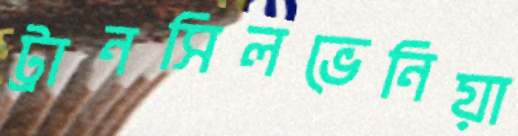
ট্রানসিলভেনিয়া